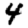
Digit: 4